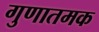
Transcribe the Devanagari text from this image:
गुणातमक